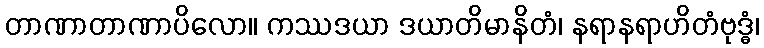
တာဏာတာဏာပိလော။ ကဿဒယာ ဒယာတိမာနိတံ၊ နရာနရာဟိတံဗုဒ္ဓံ၊